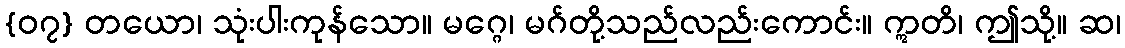
{၀၇} တယော၊ သုံးပါးကုန်သော။ မဂ္ဂေ၊ မဂ်တို့သည်လည်းကောင်း။ ဣတိ၊ ဤသို့။ ဆ၊